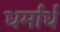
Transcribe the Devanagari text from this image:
धर्मार्ध